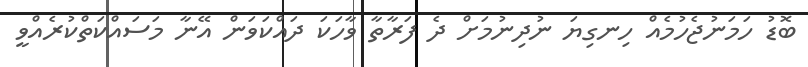
ބޮޑު ހަމަނުޖެހުމެއް ހިނގިޔަ ނުދިނުމަށް ދެ ފަރާތާ ވާހަކަ ދައްކަވަން އޭނާ މަސައްކަތްކުރެއްވީ